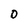
Character: D